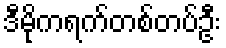
ဒီမိုကရက်တစ်တပ်ဦး